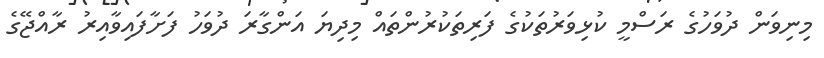
މިނިވަން ދުވަހުގެ ރަސްމީ ކުޅިވަރުތަކުގެ ފަރިތަކުރުންތައް މިދިޔަ އަންގާރަ ދުވަހު ފަށާފައިވާއިރު ރާއްޖޭގެ